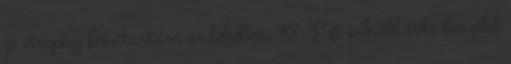
jó viszony fenntartása érdekében. #8. Ezt inkább vele beszéld